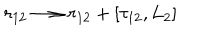
r _ { 1 2 } \longrightarrow r _ { 1 2 } + [ \tau _ { 1 2 } , L _ { 2 } ]